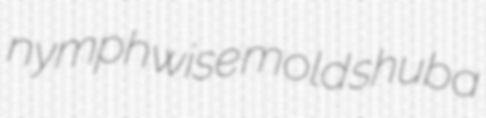
nymphwise mold shuba